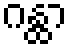
ဂန္ထာ